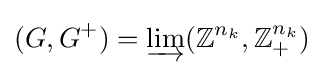
(G,G^{+})=\varinjlim (\mathbb {Z} ^{n_{k}},\mathbb {Z} _{+}^{n_{k}})